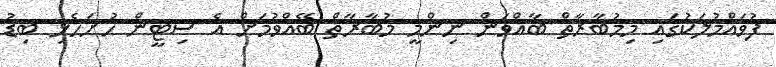
ފުވައްމުލަކުގައި މިމުބާރާތް ބާއްވަން ނިންމީ މުބާރާތް ބޭއްވުމަށް އެ ސިޓީން ހުށަހެޅި ބިޑު